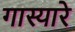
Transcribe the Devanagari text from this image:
गास्यारे